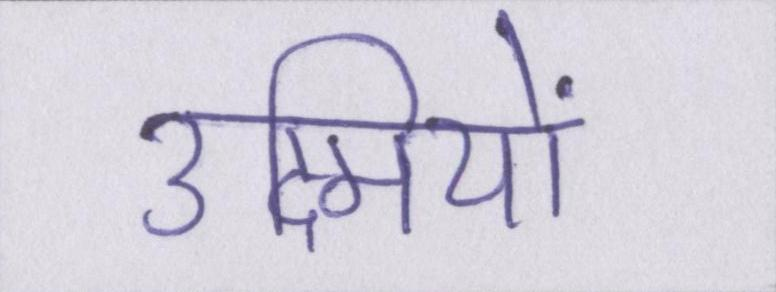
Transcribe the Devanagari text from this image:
उद्मियों